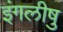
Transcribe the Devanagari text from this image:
इंगलीषु